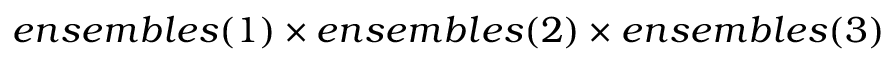
e n s e m b l e s ( 1 ) \times e n s e m b l e s ( 2 ) \times e n s e m b l e s ( 3 )